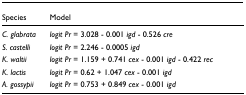
<table><thead><tr><td><b>Species</b></td><td><b>Model</b></td></tr></thead><tbody><tr><td><i>C. glabrata</i></td><td><i>logit Pr </i>= 3.028 - 0.001 <i>igd </i>- 0.526 <i>cre</i></td></tr><tr><td><i>S. castelli</i></td><td><i>logit Pr </i>= 2.246 - 0.0005 <i>igd</i></td></tr><tr><td><i>K. waltii</i></td><td><i>logit Pr </i>= 1.159 + 0.741 <i>cex </i>- 0.001 <i>igd </i>- 0.422 <i>rec</i></td></tr><tr><td><i>K. lactis</i></td><td><i>logit Pr </i>= 0.62 + 1.047 <i>cex </i>- 0.001 <i>igd</i></td></tr><tr><td><i>A. gossypii</i></td><td><i>logit Pr </i>= 0.753 + 0.849 <i>cex </i>- 0.001 <i>igd</i></td></tr></tbody></table>